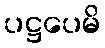
ပဋ္ဌပေမိ